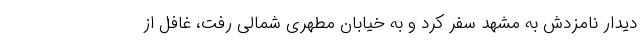
دیدار نامزدش به مشهد سفر کرد و به خیابان مطهری شمالی رفت، غافل از